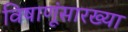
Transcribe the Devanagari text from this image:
विषाणूंसारख्या